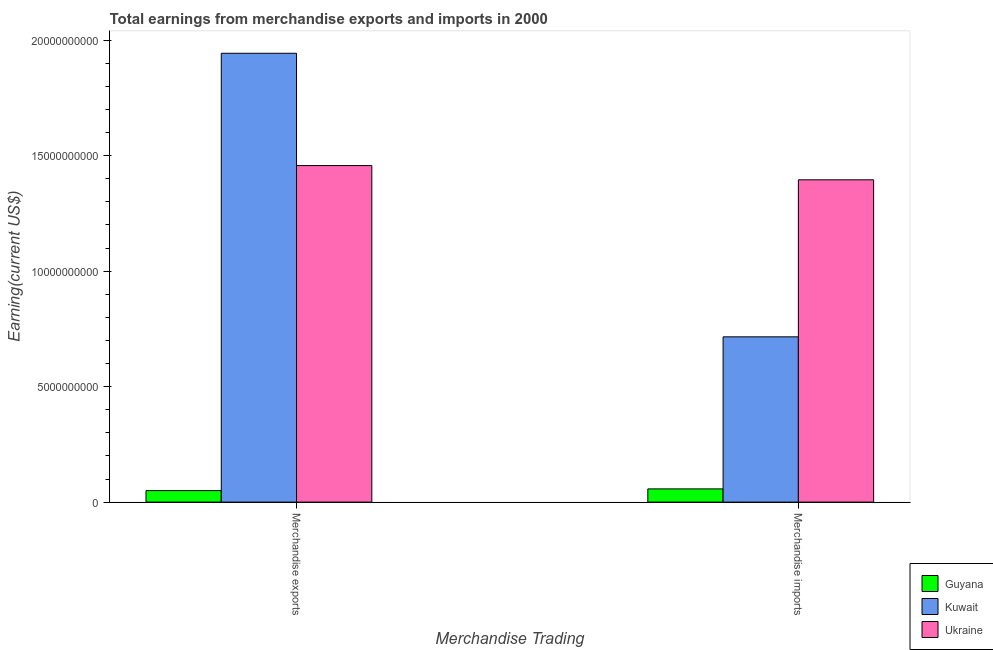
| Merchandise Trading | Guyana | Kuwait | Ukraine |
 | --- | --- | --- | --- |
 | Merchandise exports | 4.98e+08 | 1.94e+10 | 1.46e+10 |
 | Merchandise imports | 5.73e+08 | 7.16e+09 | 1.4e+10 |